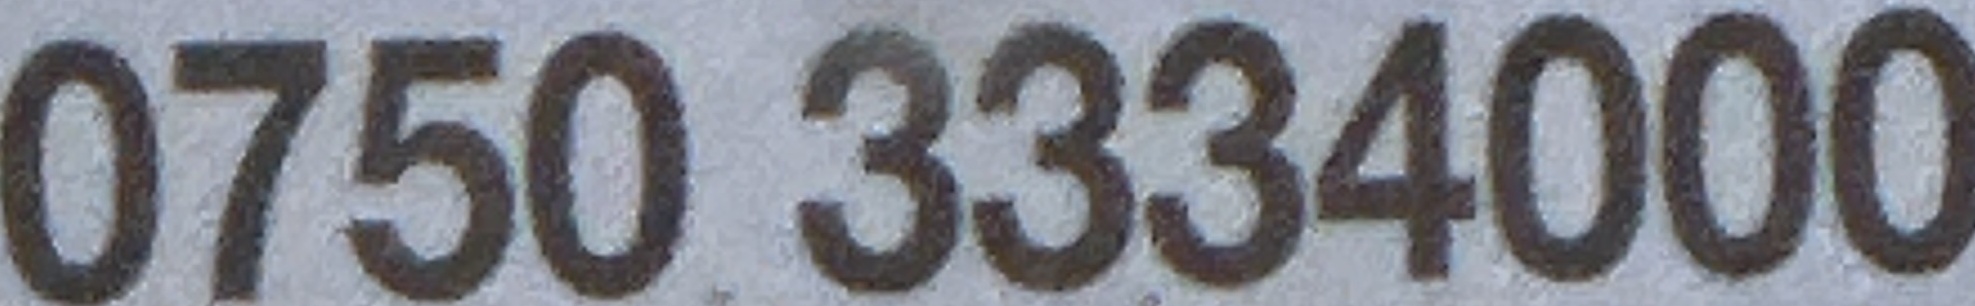
0750 3334000